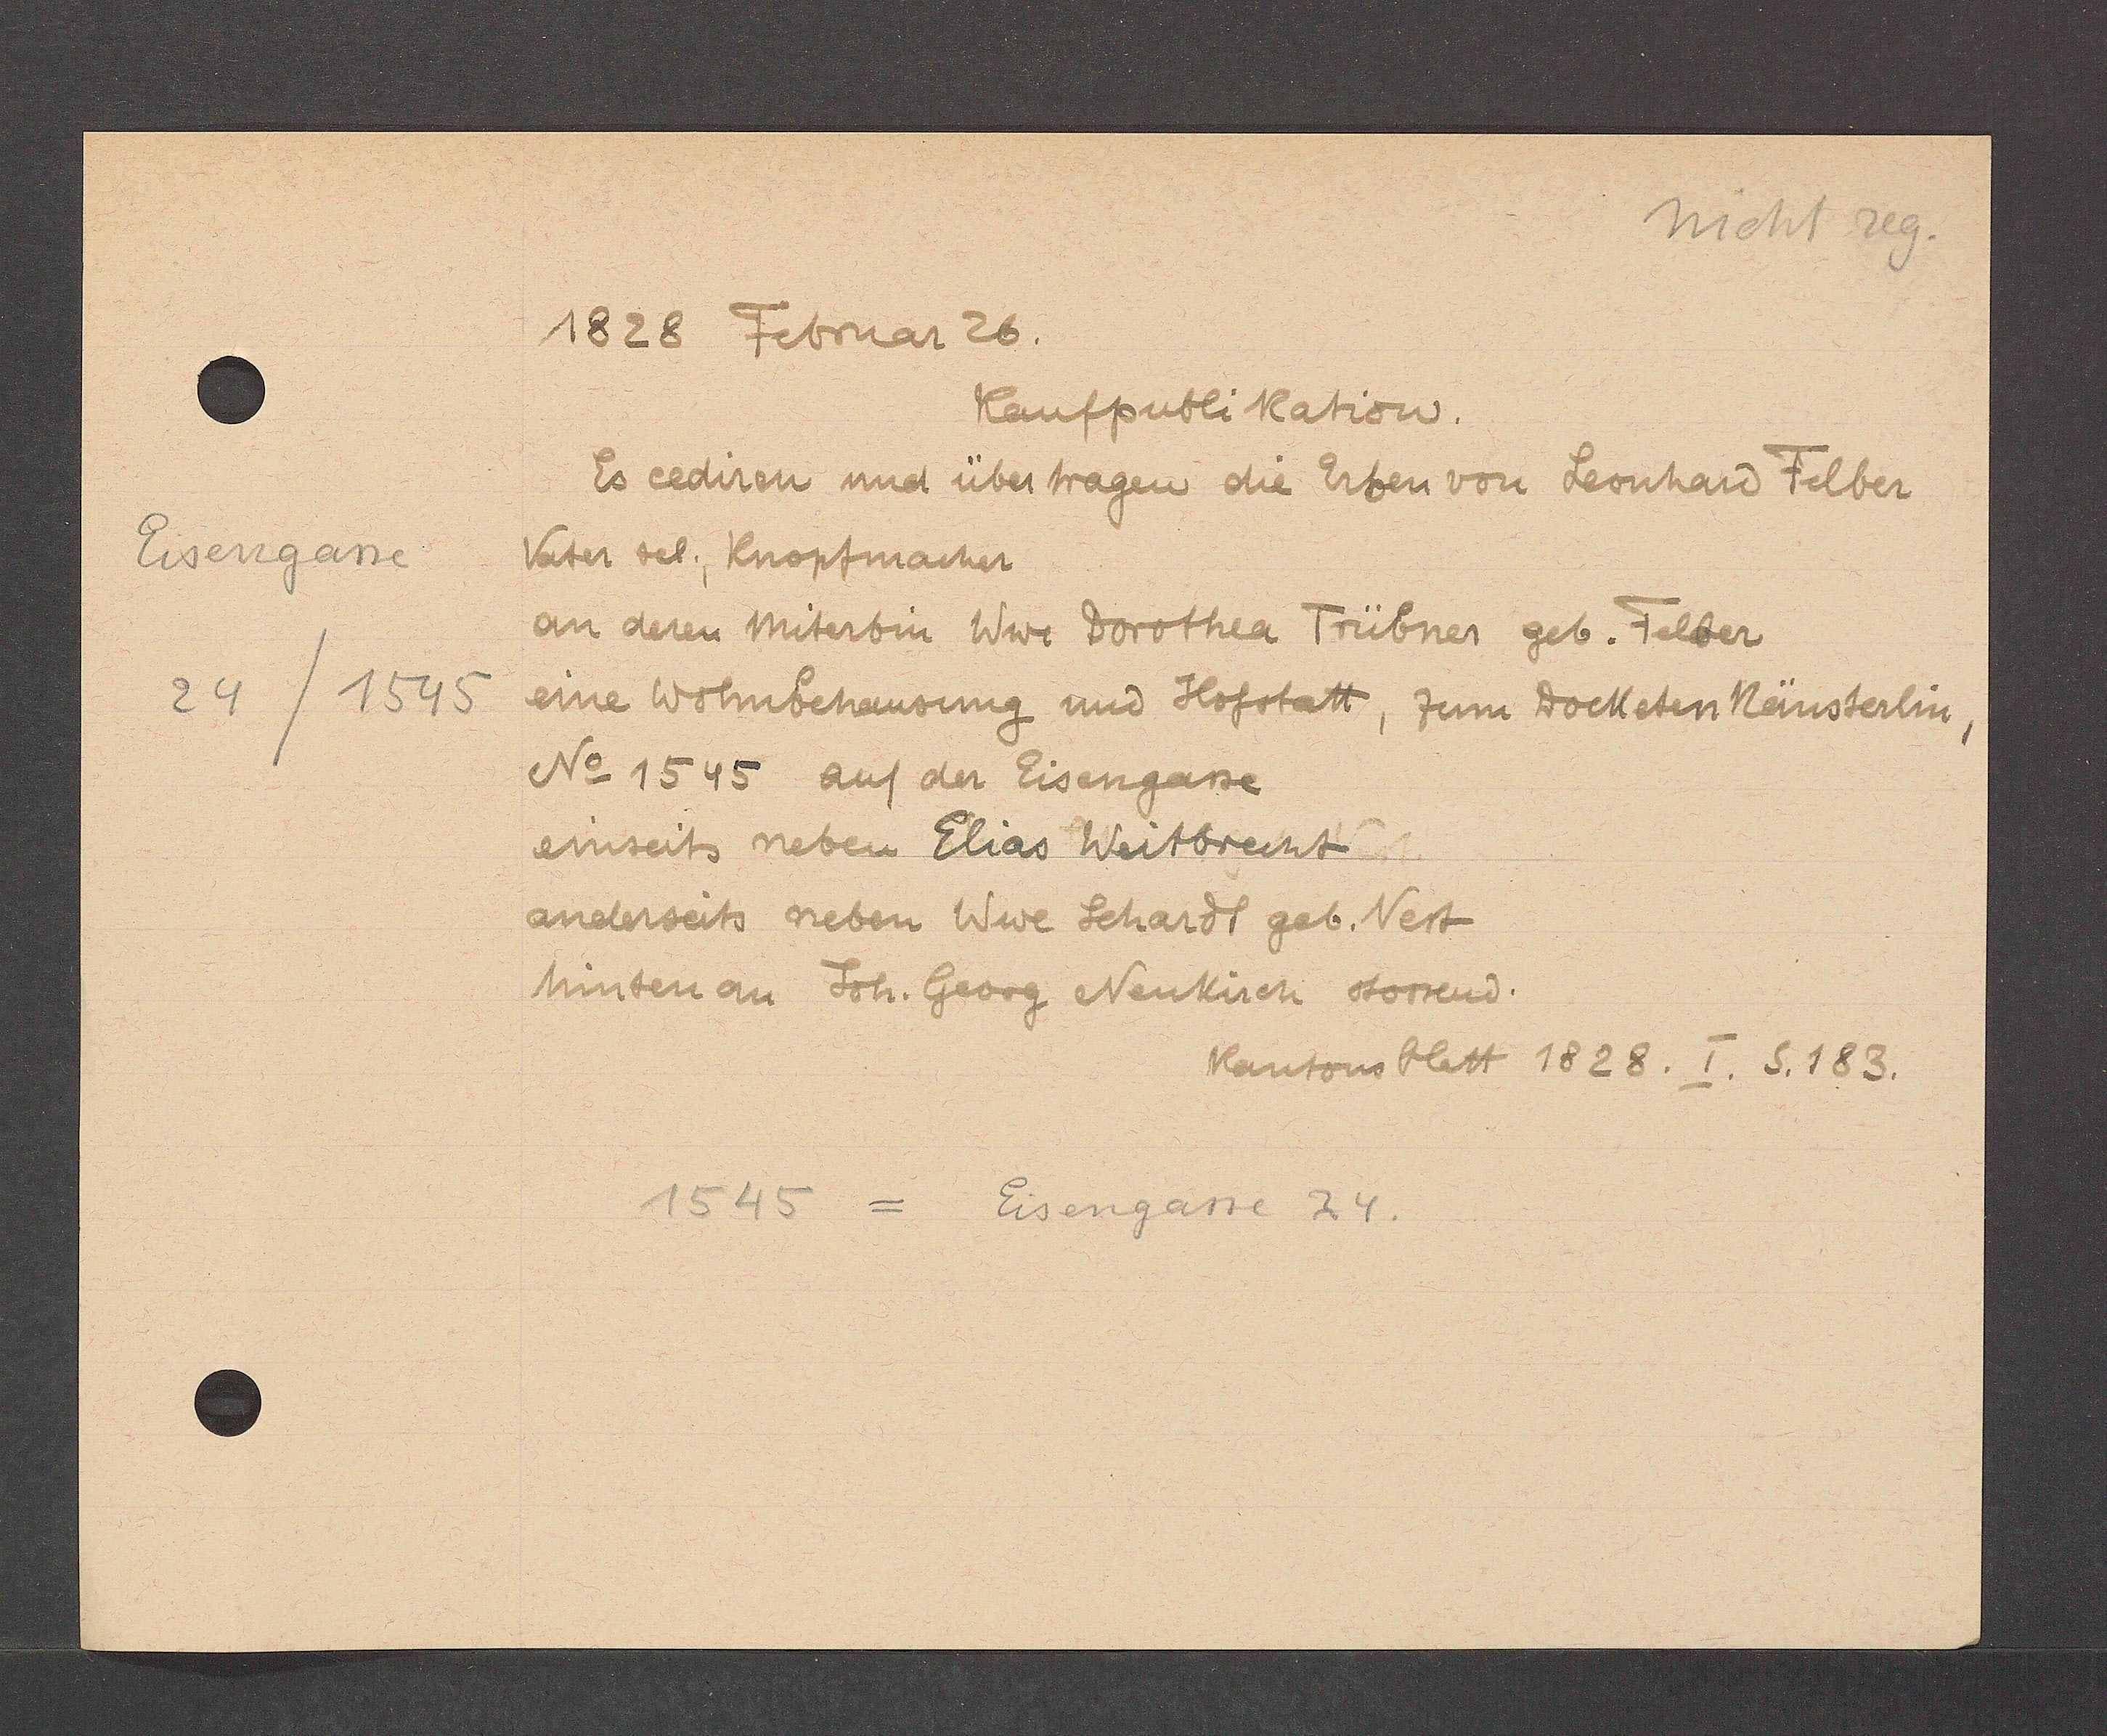
Transcript:
Eisengasse

24/1545

1828 Februar 26

Vater sel., Knopfmacher

No 1545 auf der Eisengasse

einseits neben Elias Weitbrecht

Kaufpublikation

Es cediren und übertragen die Erben von Leonhard Felber

an deren Miterbin Wwe Dorothea Trübner geb. Felder

eine Wohnbehausung und Hofstatt, zum Docketen Käusterlin,

anderseits neben Wwe Schardt geb. Vest

hinten an Joh. Georg Neukirch stossend.

1545 = Eisengasse 34

Kantonsblatt 1828. I. S. 183.